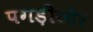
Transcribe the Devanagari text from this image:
पगड़ीऔर